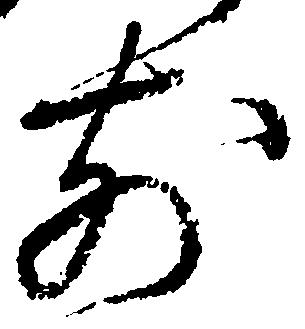
前